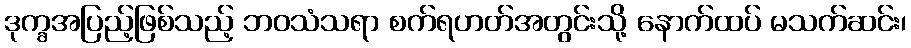
ဒုက္ခအပြည့်ဖြစ်သည့် ဘဝသံသရာ စက်ရဟတ်အတွင်းသို့ နောက်ထပ် မသက်ဆင်း၊